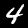
Label: 4